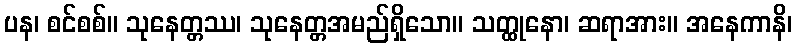
ပန၊ စင်စစ်။ သုနေတ္တဿ၊ သုနေတ္တအမည်ရှိသော။ သတ္ထုနော၊ ဆရာအား။ အနေကာနိ၊